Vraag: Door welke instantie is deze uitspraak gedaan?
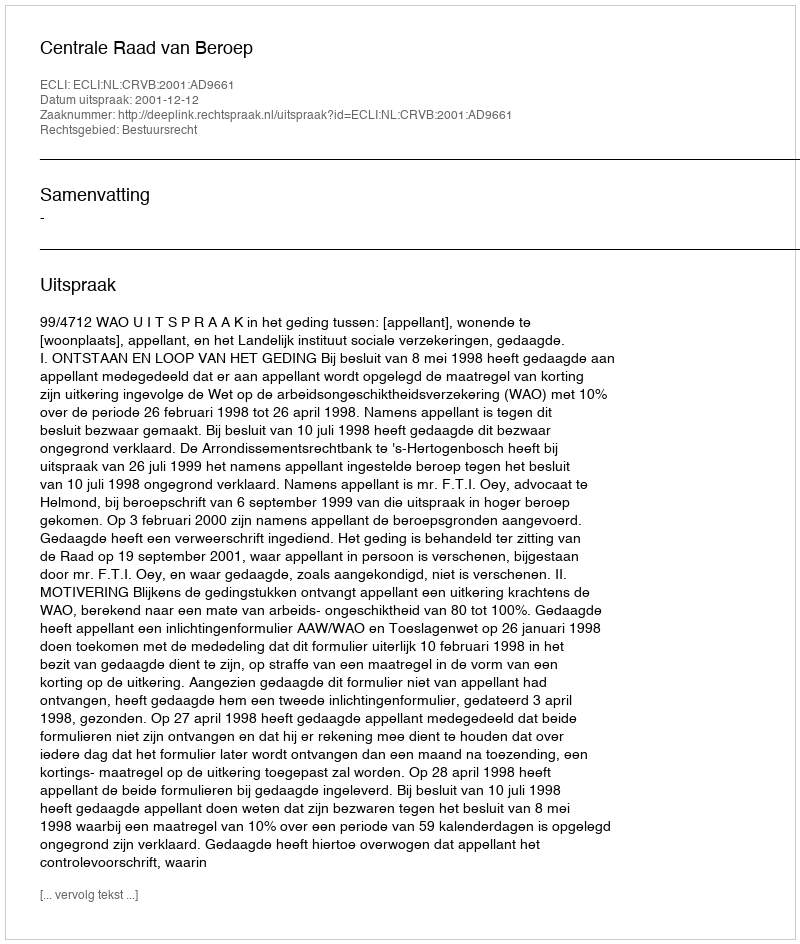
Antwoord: Centrale Raad van Beroep